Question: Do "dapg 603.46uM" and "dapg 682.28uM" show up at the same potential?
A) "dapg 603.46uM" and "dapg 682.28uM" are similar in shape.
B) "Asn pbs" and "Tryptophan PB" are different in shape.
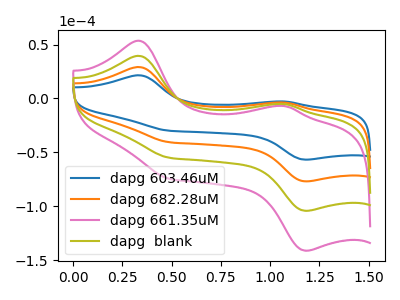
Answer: <think>The blue curve "dapg 603.46uM" has anodic peaks at (0.35V, 21.50uA) (1.05V, -2.80uA) and cathodic peaks at (0.50V, -29.95uA) (1.20V, -56.70uA). The orange curve "dapg 682.28uM" has anodic peaks at (0.35V, 29.15uA) (1.05V, -3.80uA) and cathodic peaks at (0.50V, -40.60uA) (1.20V, -76.85uA). The pink curve "dapg 661.35uM" has anodic peaks at (0.35V, 87.40uA) (1.05V, -11.40uA) and cathodic peaks at (0.50V, -121.75uA) (1.20V, -230.60uA). The olive curve "dapg  blank" has anodic peaks at (0.35V, 58.25uA) (1.05V, -7.60uA) and cathodic peaks at (0.50V, -81.15uA) (1.20V, -153.70uA).
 All the peaks in "dapg 603.46uM" have a peak in "dapg 682.28uM" at the same potential.</think>
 <answer>A) "dapg 603.46uM" and "dapg 682.28uM" are similar in shape.</answer>
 <eval>A</eval>